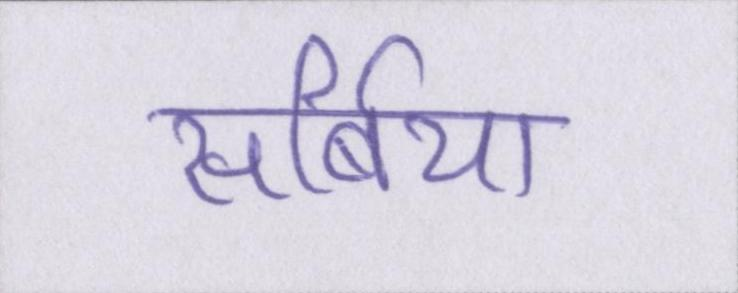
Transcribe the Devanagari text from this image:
सर्बिया